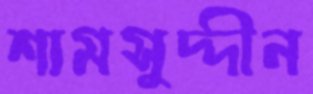
শামসুদ্দীন